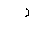
Letter: _ra